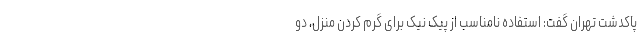
پاکدشت تهران گفت: استفاده نامناسب از پیک نیک برای گرم کردن منزل، دو